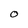
Character: O